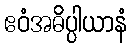
ဧဝံအဓိပ္ပါယာနံ